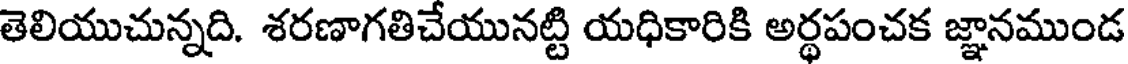
తెలియుచున్నది. శరణాగతిచేయునట్టి యధికారికి అర్థపంచక జ్ఞానముండ